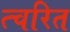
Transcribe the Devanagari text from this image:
त्चरित